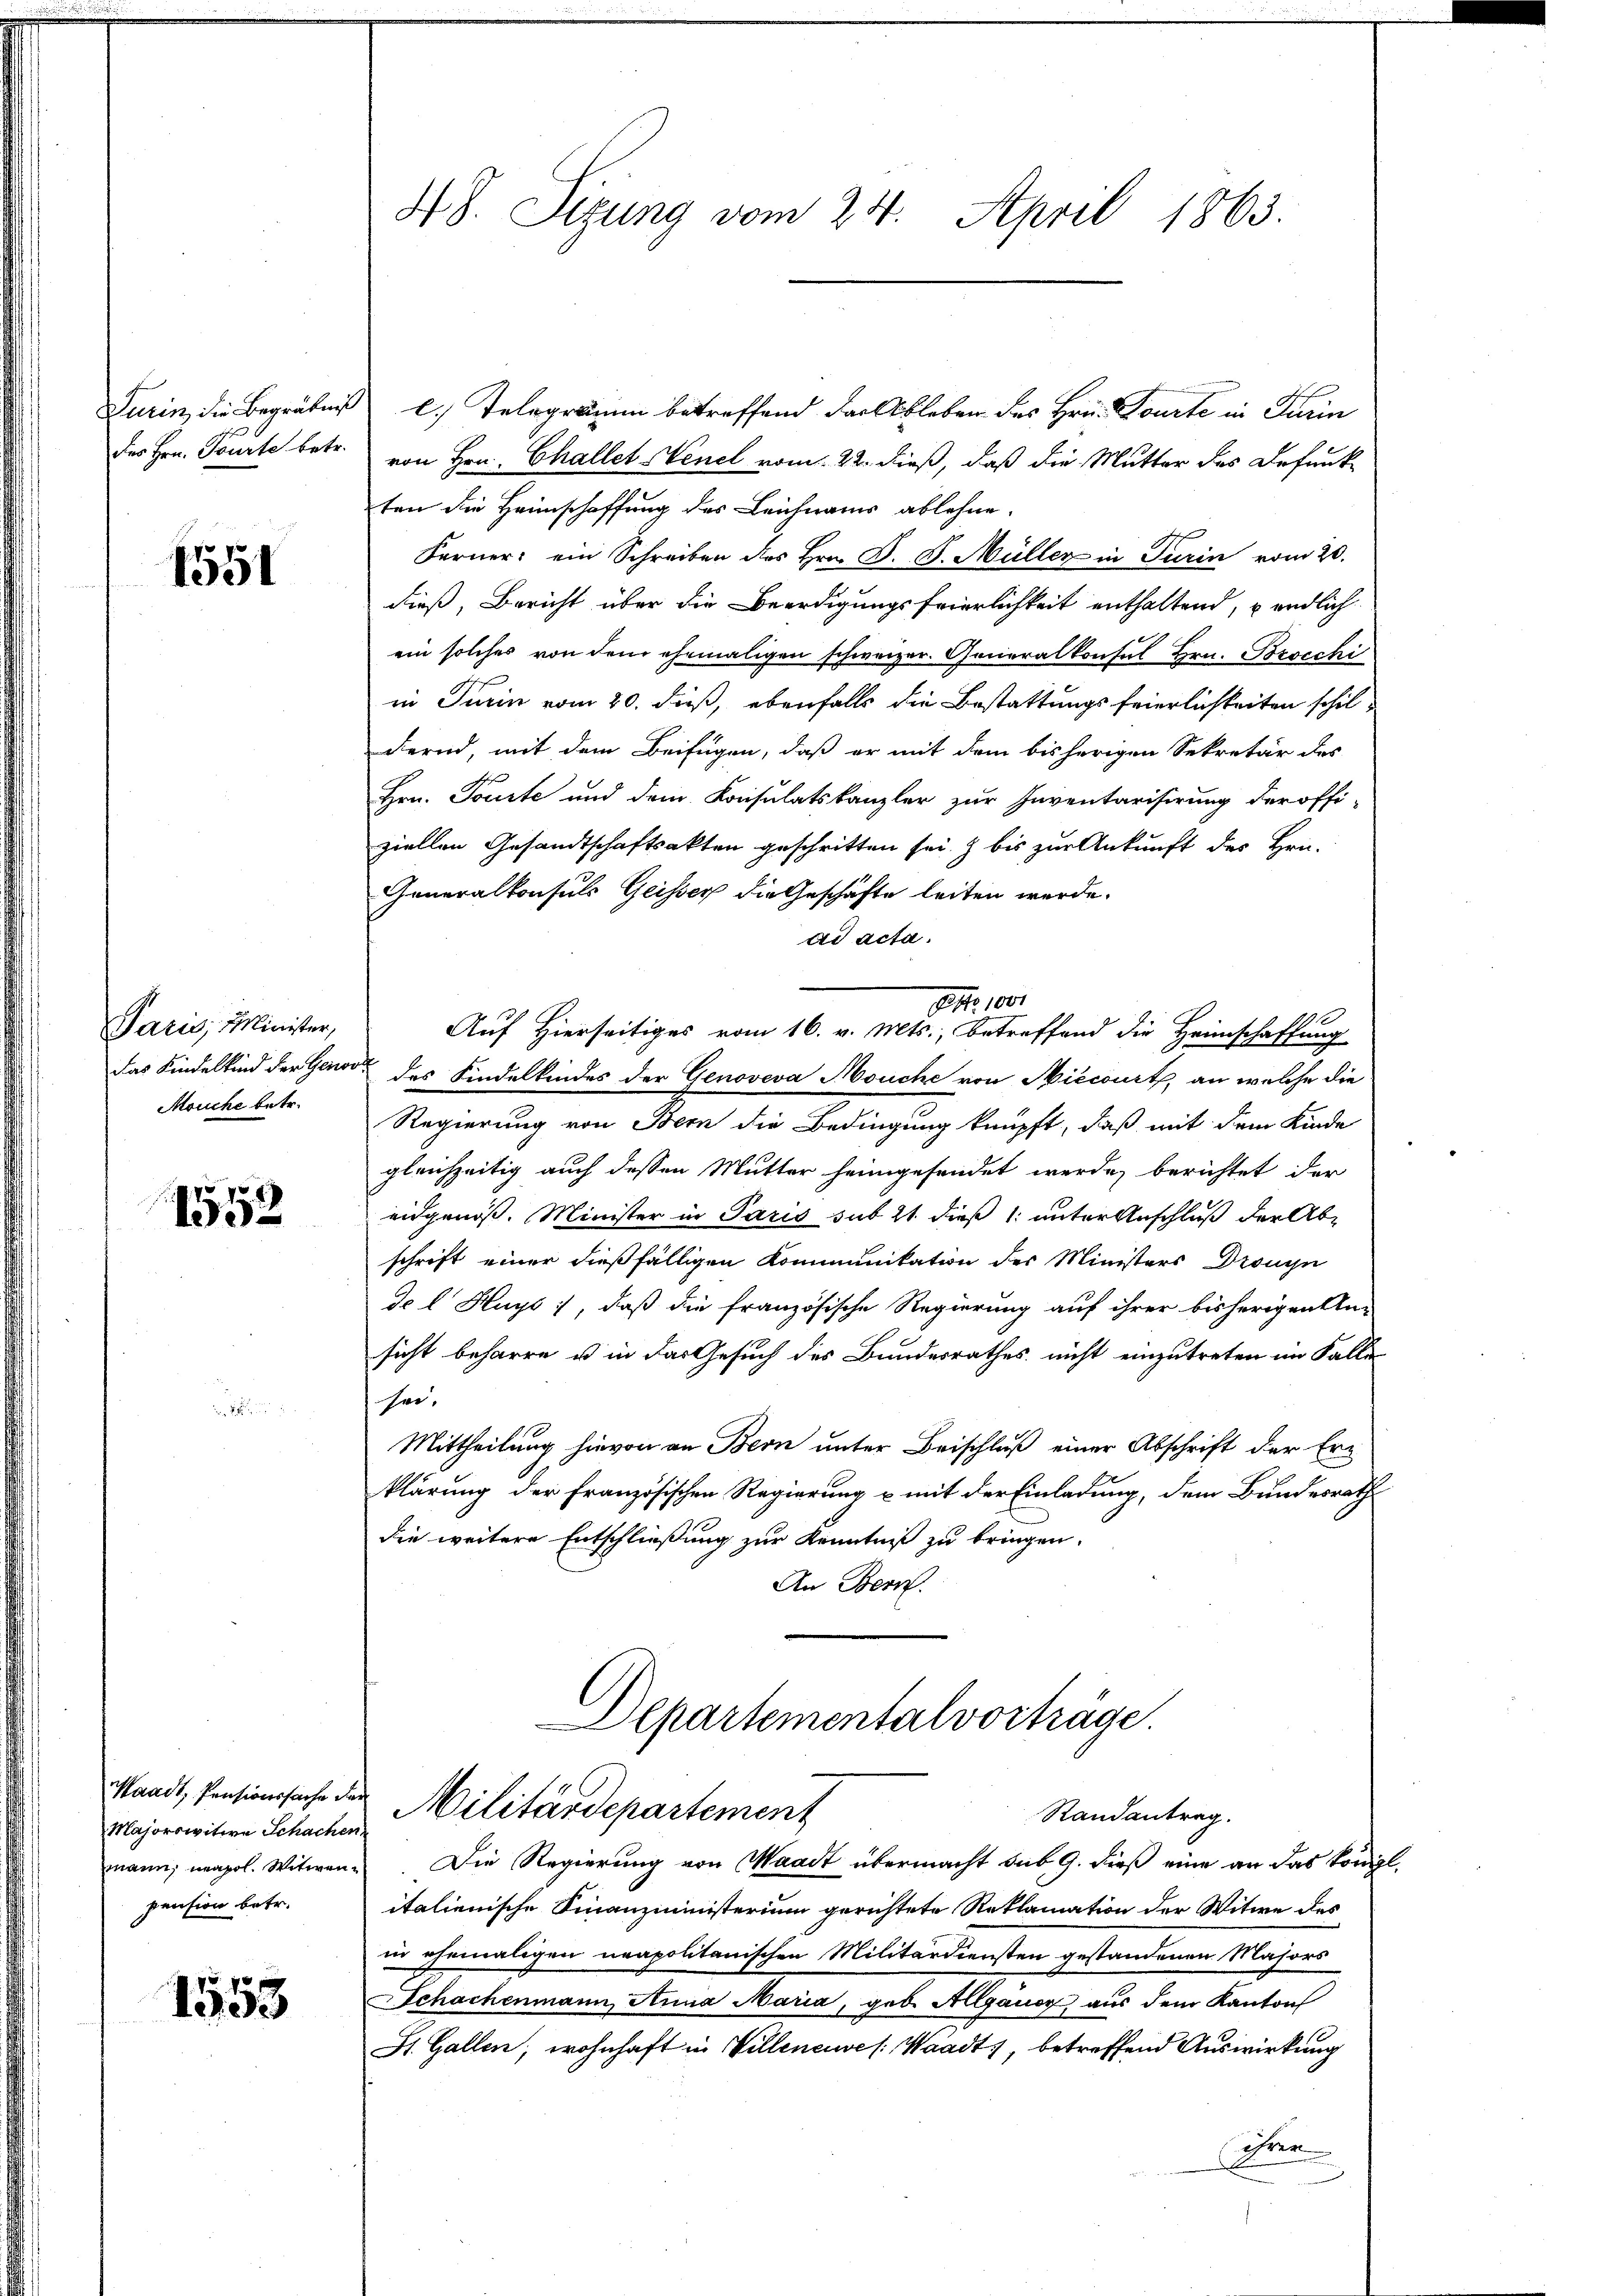
1551

Paris, Minister,
Das Kindelkind der Gens
Mouche betr.

1552

Majorswitwe Schachen
pension betr.

1553

Turin, die Begräbnis d. Telegramm betreffend dar Ableben des Hrn. Tourte in Turin
des Hrn. Tourte betr. von Hrn. Challet Venel vom 22. dieß, daß die Mutter des Befunkten die Heimschaffung des Leichnams ablehne.
Ferner: ein Schreiben des Hrn. J. J. Müller in Turin vom 20.
dieß, Bericht über die Beerdigungsfeierlichkeit enthaltend, endlich
ein solches von dem ehemaligen schweizer. Generalkonsul Hrn. Brocchi
in Turin vom 20. Fuß, ebenfalls die Bestattungsfeierlichkeiten schil-
dernd, mit dem Beifügen, daß er mit dem bisherigen Sekretär des
Hrn. Tourte und dem Konsulatskanzler zur Inventarisirung der offi-
ziellen Gesandtschaftsakten geschritten sei. I bis zur Ankunft des Hrn.
Generalkonsuls Geisser die Geschäfte leiten werde.
ad acta.
Ao. 100.
1
Auf Hierseitiges vom 16. v. Mts., betreffend die Heimschaffung
oos des Kindelkindes der Genoveva Houche von Niecourt, an welche die
Regierung von Bern die Bedingung knüpft, daß mit dem Kinde
gleichzeitig auch dessen Mutter heimgesendet werde, berichtet der
eidgenöß. Minister in Paris sub 21 dieß 1: unter Anschluß der Abschrift einer dießfälligen Kommunikation des Ministers Drouyn
de l Huys, daß die französische Regierung auf ihrer bisherigen Un-
sicht beharre u in das Gesuch des Bundesrathes nicht einzutreten im Falle
hei.
Mittheilung hievon an Bern unter Beischluß einer Abschrift der Er-
klärung der Französischen Regierung u mit der Einladung, dem Bundesrath
die weitere Entschließung zur Kenntniß zu bringen.
An Bern.

48. Sizung vom 24. April 1863.

Departementalvorträge.
standt, Pensionssache der Militärdepartement
Randantrag.

mann, unapol. Witwen- Die Regierung von Waadt übermacht sub 9. dieß eine an das königl.
italienische Finanzministerium gerichtete Reklamation der Witwe des
in ehemaligen neapolitanischen Militärdiensten gestandenen Majors
Schachenmann Anna Maria, geb. Alanor) aus dem Kanton
St. Gallen, wohnhaft in Villeneuve /: Waadt, betreffend Auswirkung
Free